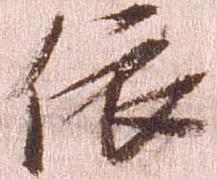
依